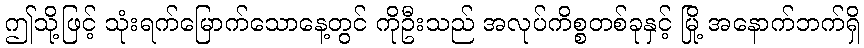
ဤသို့ဖြင့် သုံးရက်မြောက်သောနေ့တွင် ကိုဦးသည် အလုပ်ကိစ္စတစ်ခုနှင့် မြို့ အနောက်ဘက်ရှိ